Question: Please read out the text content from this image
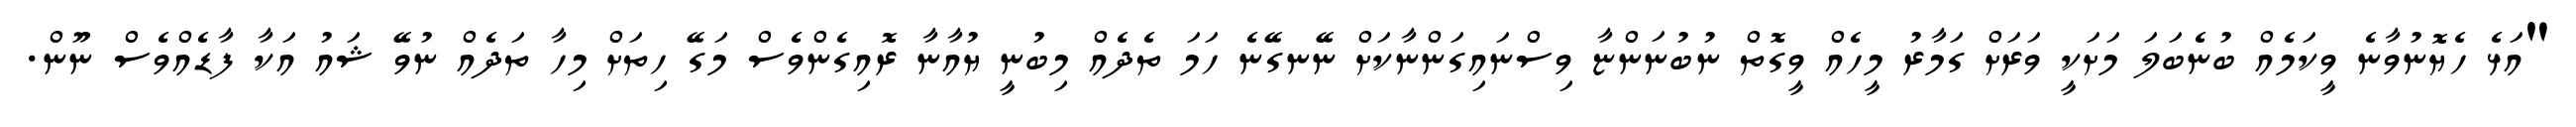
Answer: "އަޅެ ހެޔޮނުވާނެ ވީކަމެއް ބުނެބަލަ މަށަކީ ވަރަށް ގަމާރު މީހެއް ވީގޮތް ނުބުނަންޏާ ވިސްނައިގަންނާކަށް ނޭނގޭނެ ހަމަ ތެދެއް މިބުނީ ޔުއާނާ ރޮއިގެންވެސް މަގޭ ހިތަށް މިހާ ތަދެއް ނުވޭ ޝައު އަކާ ފާޑެއްވެސް ނޫން.